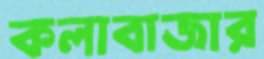
কলাবাজার